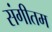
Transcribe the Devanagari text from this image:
संगीतम